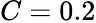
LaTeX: C=0.2